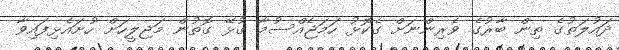
ދައުލަތުގެ ތިން ބާރުގެ ވެރިންނަށް ގެކޮޅު ހަމަޖެއްސުމާ ގުޅޭ ގޮތުން މަޖިލީހަށް ހުށައެޅިފައިވާ